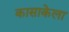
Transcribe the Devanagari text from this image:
कासाकेला